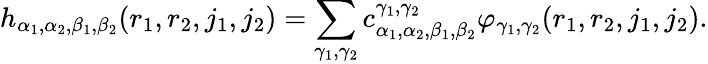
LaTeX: h_{\alpha_{1},\alpha_{2},\beta_{1},\beta_{2}}(r_{1},r_{2},j_{1},j_{2})=\sum_{\gamma_{1},\gamma_{2}}c_{\alpha_{1},\alpha_{2},\beta_{1},\beta_{2}}^{\gamma_{1},\gamma_{2}}\varphi_{\gamma_{1},\gamma_{2}}(r_{1},r_{2},j_{1},j_{2}).